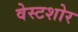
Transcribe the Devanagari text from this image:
वेस्टशोर